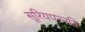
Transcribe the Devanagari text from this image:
सूरियपन्नति